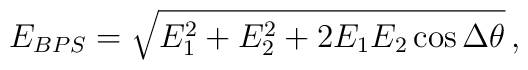
E_{BPS}=\sqrt{E_1^2+E_2^2+2E_1E_2\cos\Delta\theta}\,,